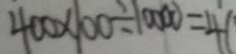
4 0 0 \times 1 0 0 \div 1 0 0 0 0 = 4 (